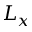
L _ { x }